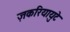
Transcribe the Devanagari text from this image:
ज़करियायुटे